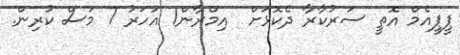
ޕީޕީއެމް އޮތީ ސަރުކާރާ ދެކޮޅަށް  އިމްރާން1 އަހަރު 7 މަސް ކުރިން.